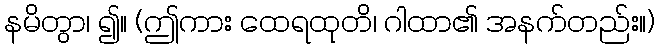
နမိတွာ၊ ၍။ (ဤကား ထေရထုတိ၊ ဂါထာ၏ အနက်တည်း။)